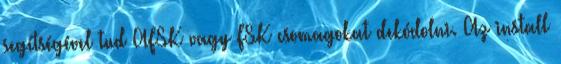
segítségével tud AFSK vagy FSK csomagokat dekódolni. Az install